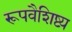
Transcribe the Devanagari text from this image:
रूपवैशिष्ट्य